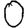
Digit: 0